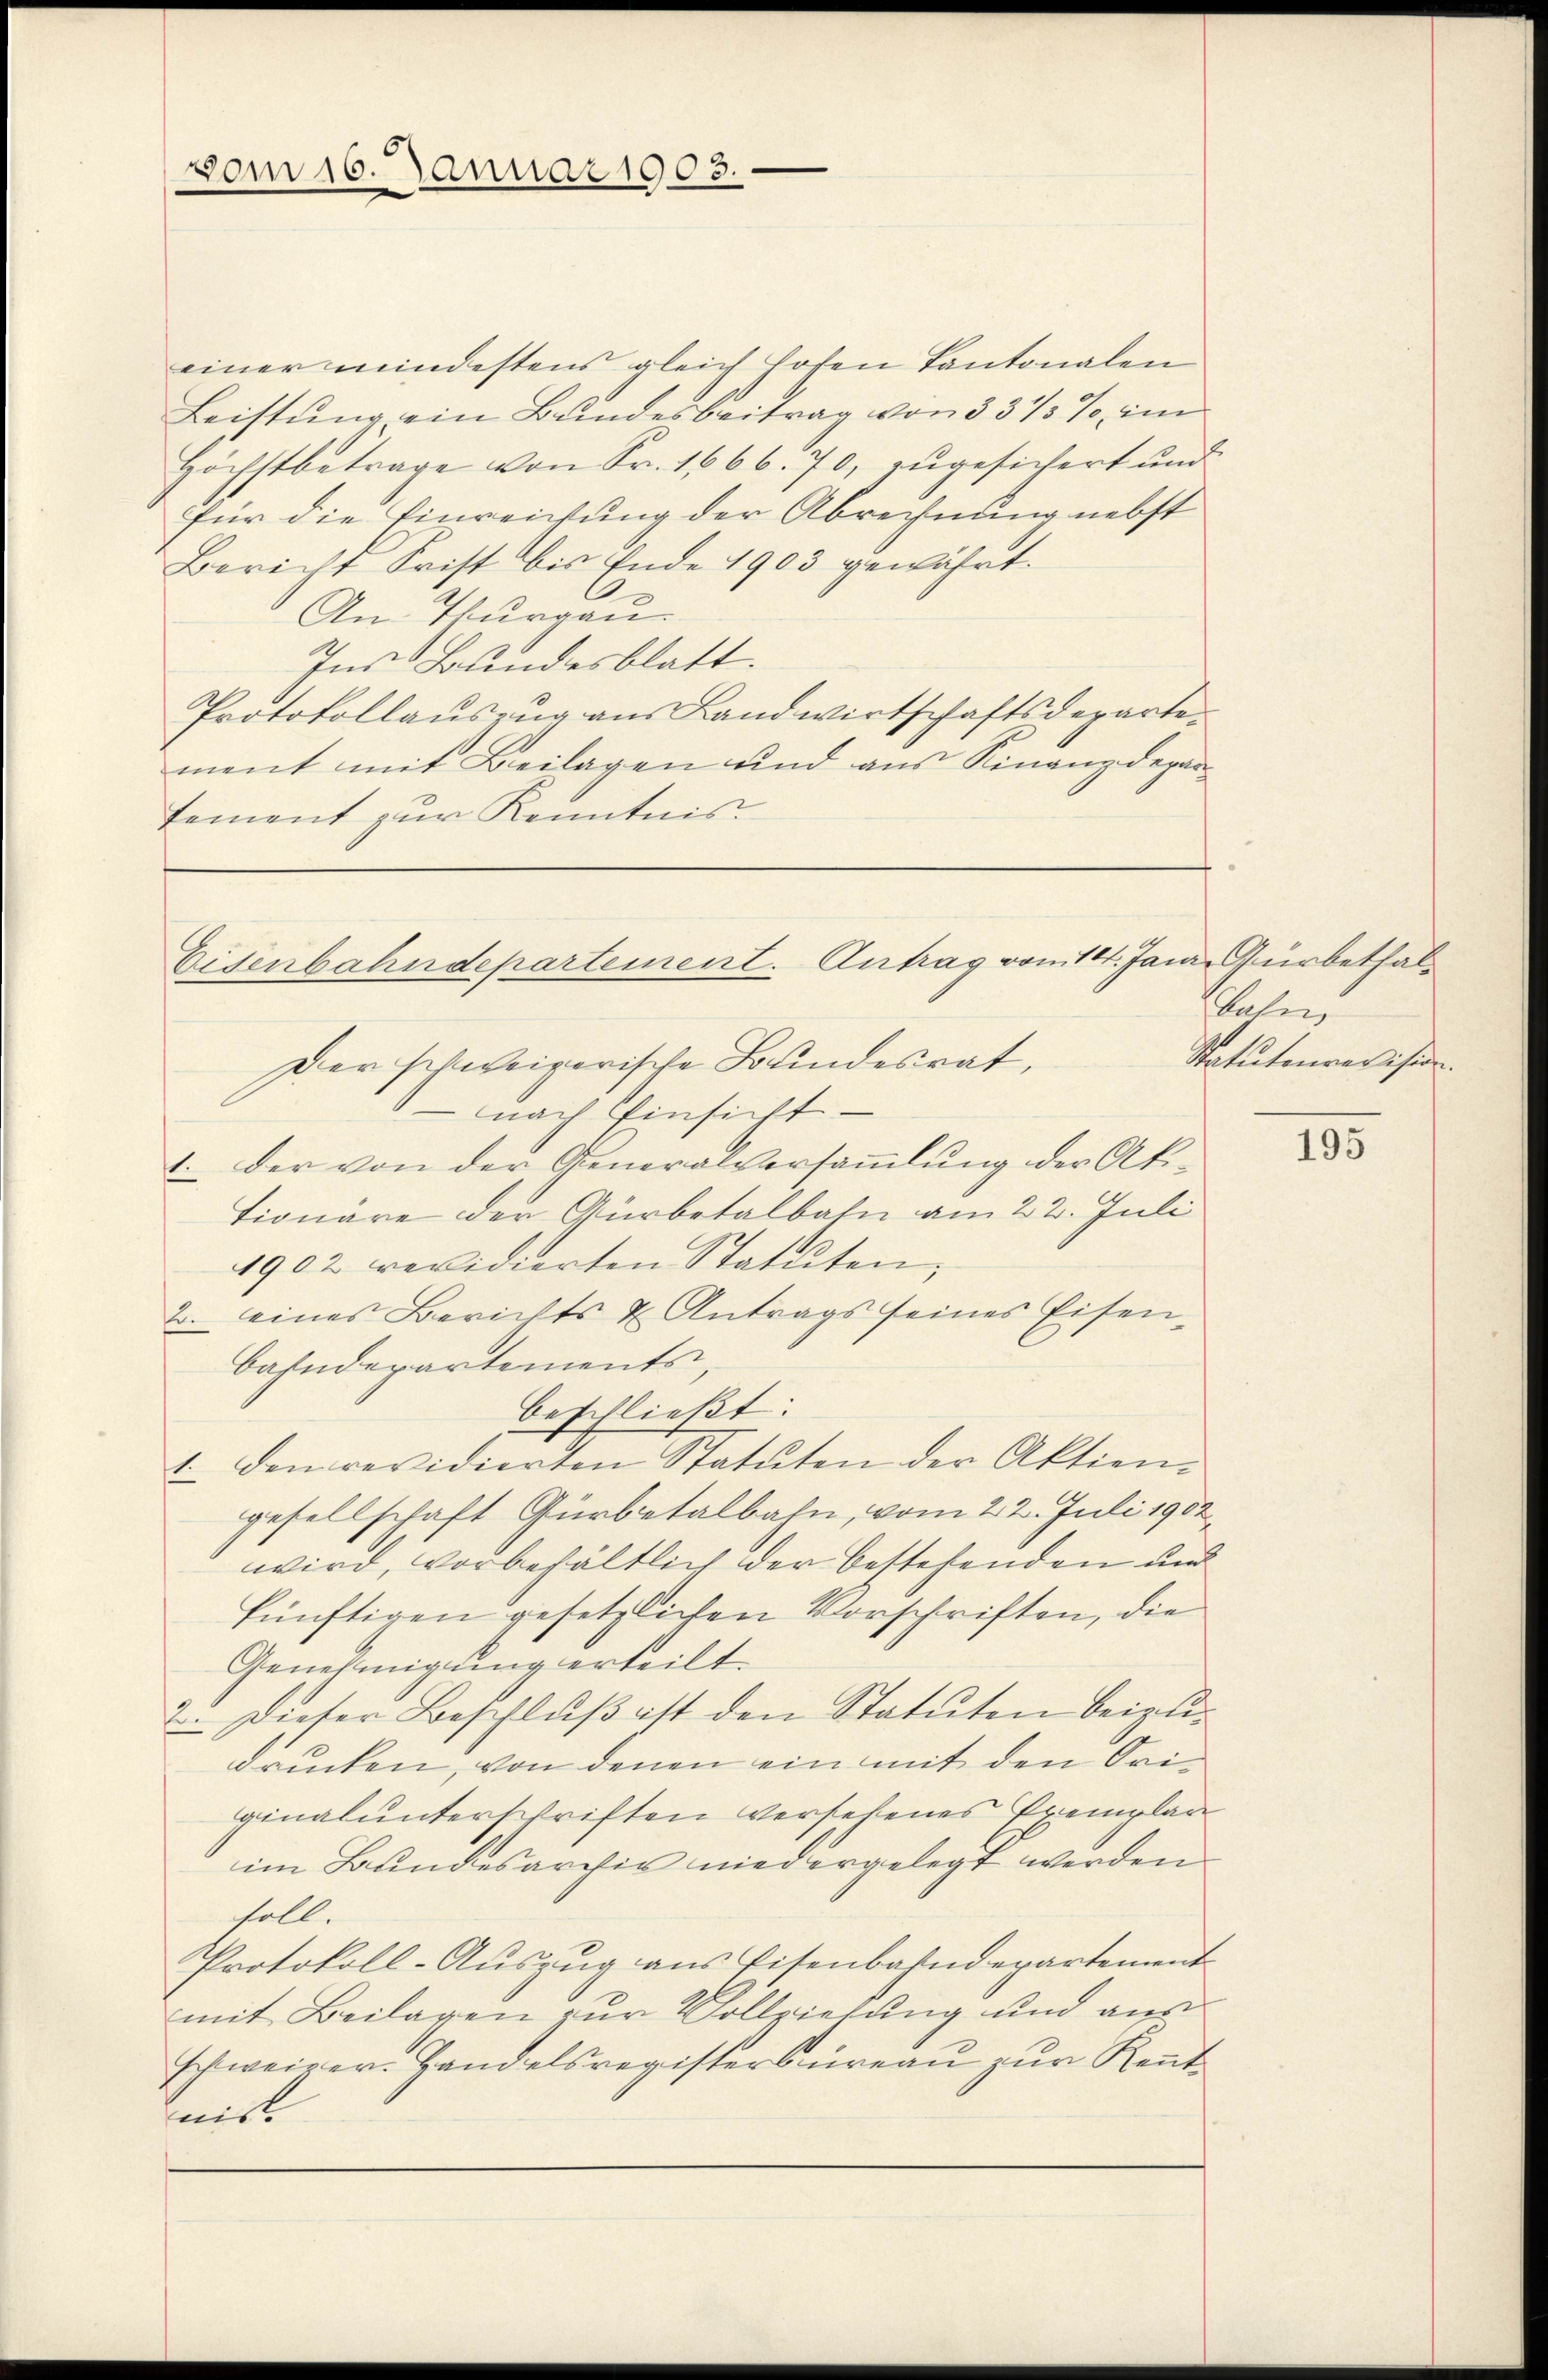
vom 16. Januar 1905.

einer mindestens gleich hofen Kantonalen
Leistung ein Bundesbeitrag von 33 1/5%, im
Höchstbetrage von Fr. 1666. 70, zugesichert und
für die Einreichung der Abrechnung nebst
Bericht Frist bis Ende 1903 gewährt.
An Thurgau.
Ins Bundesblatt.
Protokollauszug aus Landwirtschaftsdepartement mit Beilagen und aus Finanzdepartement zur Kenntnis.

Der schweizerische Bundesrat,
nach Einsicht
1. Der von der Generalversaṁlŭng der Aktionäre der Gürbetalbahn am 22. Juli
1902 revidierten Statuten;
2. eines Berichts & Antrags seines Eisenbahndepartements,
beschließt:
1. Den revidierten Statuten der Aktien
gesellschaft Gürbetalbahn, vom 22. Juli 1902
wird, vorbehältlich der bestehenden und
künftigen gesetzlichen Vorschriften, die
Genehmigung erteilt.
2. Dieser Beschlŭβ ist den Statuten beizudrucken, von denen ein mit den Originalunterschriften versehenes Exemplar
im Bundesarchiv niedergelegt werden
soll.
Protokoll-Auszug aus Eisenbahndepartement
mit Beilagen zur Vollziehung und aus
schweizer. Handelsregistersureau zur Kenntnick

Eisenbahndepartement. Antrag vom 14. Janr. Gürbethal

bahn
Statutenrecision.

195